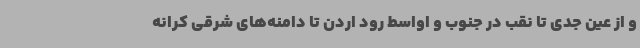
و از عین جدی تا نقب در جنوب و اواسط رود اردن تا دامنه‌های شرقی کرانه